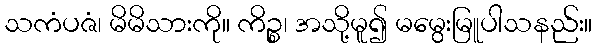
သကံပဇံ၊ မိမိသားကို။ ကိဉ္စ၊ အသို့မူ၍ မမွေးမြူပါသနည်း။